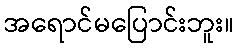
အရောင်မပြောင်းဘူး။